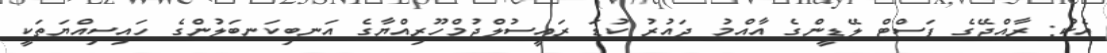
އެކު: ރާއްޖޭގެ ފަސްޓް ލޭޑީންގެ އާއްމު ދައުރު ކުޑަ ރައީސުލްޖުމްހޫރިއްޔާގެ އަނބިކަނބަލުންގެ ހައިސިއްޔަތަކީ